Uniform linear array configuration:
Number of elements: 48
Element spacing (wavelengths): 0.5
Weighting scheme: uniform
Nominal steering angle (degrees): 0
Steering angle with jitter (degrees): -1.052
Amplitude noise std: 0.05
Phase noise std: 0.05

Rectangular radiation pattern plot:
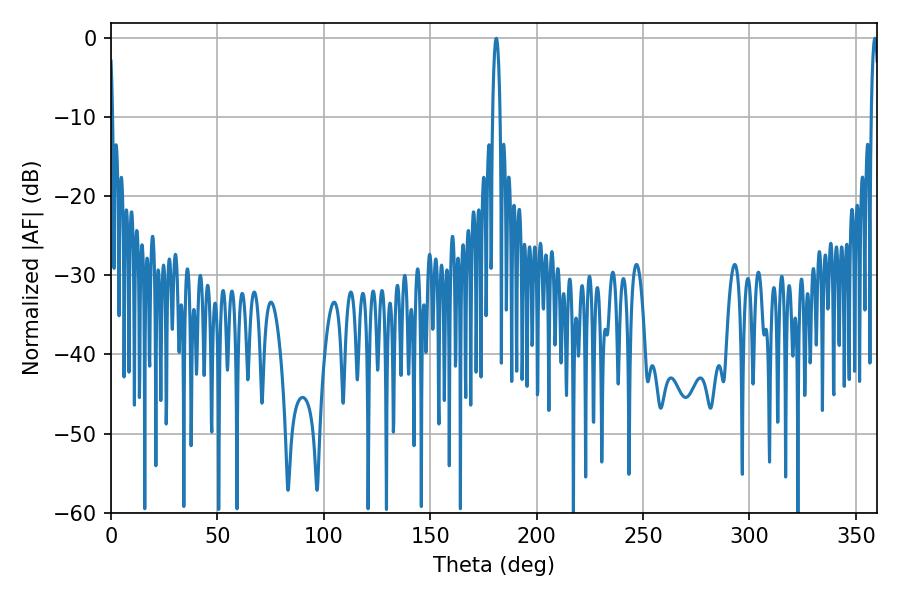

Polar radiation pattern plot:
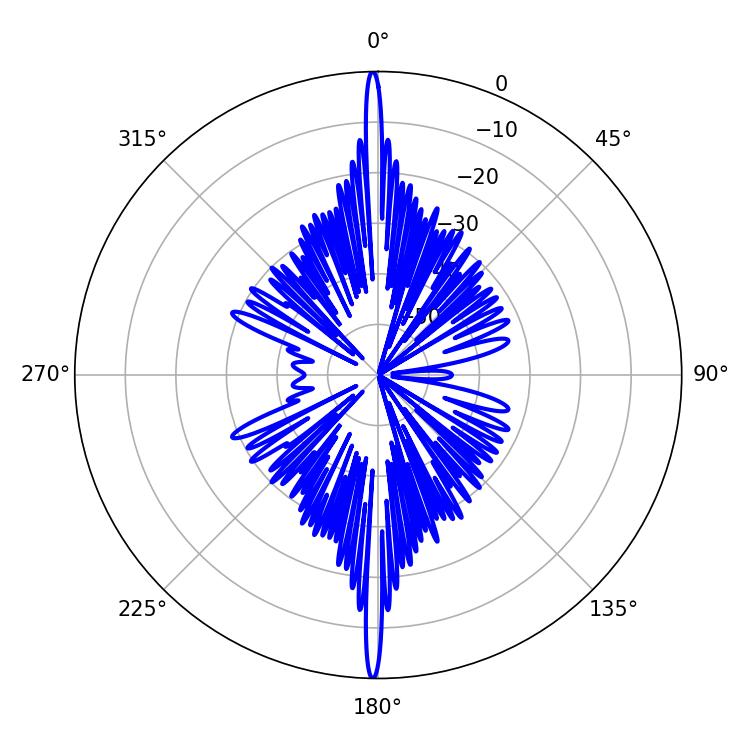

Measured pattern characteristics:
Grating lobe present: FALSE
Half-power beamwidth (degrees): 1.98
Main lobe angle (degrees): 358.92